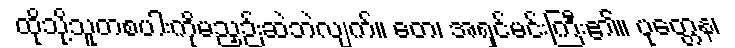
ထိုသို့သူတစပါးကိုမညှဉ်းဆဲဘဲလျက်။ တေ၊ အရှင်မင်းကြီး၏။ ပုတ္တေန၊